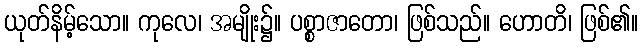
ယုတ်နိမ့်သော။ ကုလေ၊ အမျိုး၌။ ပစ္စာဇာတော၊ ဖြစ်သည်။ ဟောတိ၊ ဖြစ်၏။